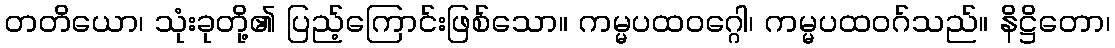
တတိယော၊ သုံးခုတို့၏ ပြည့်ကြောင်းဖြစ်သော။ ကမ္မပထဝဂ္ဂေါ၊ ကမ္မပထဝဂ်သည်။ နိဋ္ဌိတော၊